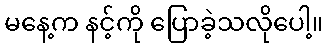
မနေ့က နင့်ကို ပြောခဲ့သလိုပေါ့။